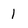
Character: 1